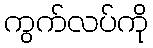
ကွက်လပ်ကို